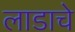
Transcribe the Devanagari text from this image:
लाडाचे